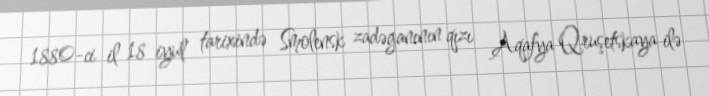
1880-ci il 18 iyul tarixində Smolensk zadəganının qızı Aqafya Qruşetskaya ilə